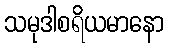
သမုဒါစရိယမာနော